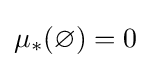
\mu _{*}(\varnothing )=0